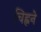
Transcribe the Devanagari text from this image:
चिह्नने